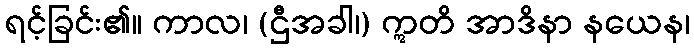
ရင့်ခြင်း၏။ ကာလ၊ (ဌီအခါ၊) ဣတိ အာဒိနာ နယေန၊